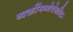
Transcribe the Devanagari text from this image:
व्यक्तींमध्येदेखील